Scottish Certificate of Education, 1963
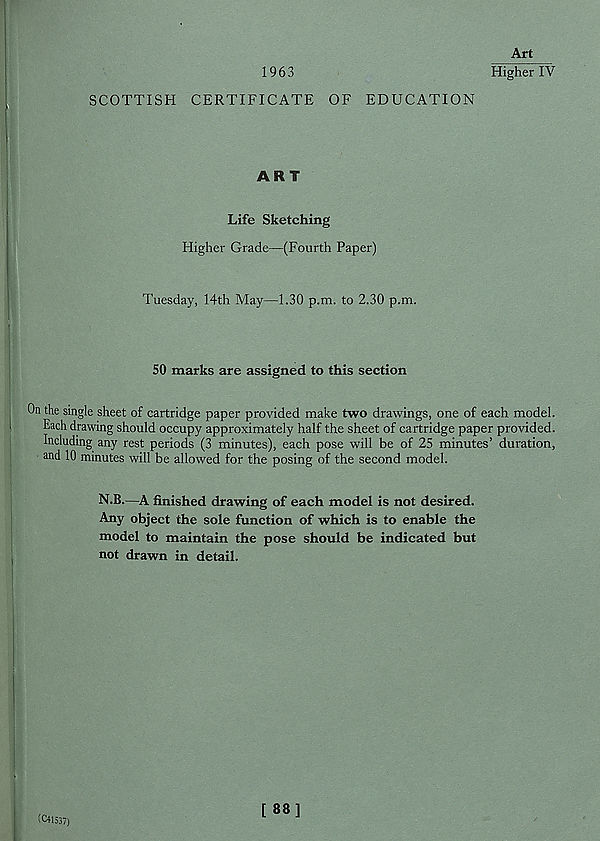
1963
Art
Higher IV
SCOTTISH CERTIFICATE OF EDUCATION
ART
Life Sketching
Higher Grade—(Fourth Paper)
Tuesday, 14th May—1.30 p.m. to 2.30 p.m.
50 marks are assigned to this section
On the single sheet of cartridge paper provided make two drawings, one of each model.
Each drawing should occupy approximately half the sheet of cartridge paper provided.
Including any rest periods (3 minutes), each pose will be of 25 minutes’ duration,
and 10 minutes will be allowed for the posing of the second model.
N.B.—A finished drawing of each model is not desired.
Any object the sole function of which is to enable the
model to maintain the pose should be indicated but
not drawn in detail.